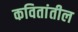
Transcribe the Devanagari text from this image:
कवितांतील